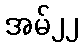
အမ်၂၂